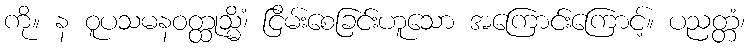
ကို။ န ဝူပသမနဝတ္ထုသ္မိံ၊ ငြိမ်းစေခြင်းဟူသော အကြောင်းကြောင့်။ ပညတ္တံ၊